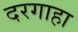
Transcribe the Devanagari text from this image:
दरगाहा